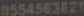
0554563821